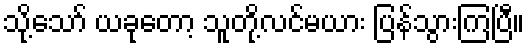
သို့သော် ယခုတော့ သူတို့လင်မယား ပြန်သွားကြပြီ။